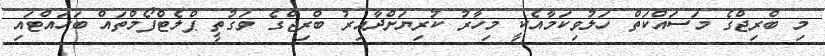
މި ބްރިޖްގެ މަސައްކަތް ހަލުވިކަމާއެކީ މިހާރު ކުރިޔަށްދާއިރު ބްރިޖްގެ ވަގުތީ ޕްލެޓްފޯމްތައް ބަހައްޓައި